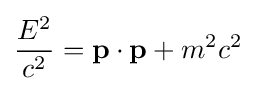
{\frac {E^{2}}{c^{2}}}=\mathbf {p} \cdot \mathbf {p} +m^{2}c^{2}